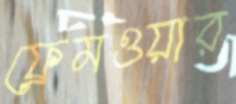
ফ্রেমওয়ার